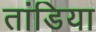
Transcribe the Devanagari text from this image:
तांडिया